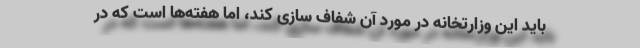
باید این وزارتخانه در مورد آن شفاف سازی کند، اما هفته‌ها است که در